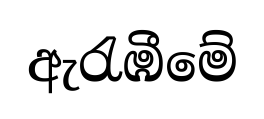
ඇරැඹීමේ